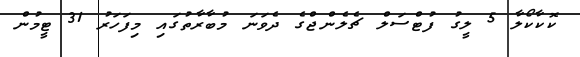
ކޮކާކޯލާ 5 ލީގު ފުޓްސަލް ޗެލެންޖްގެ ދެވަނަ މުބާރާތުގައި މިފަހަރު 31 ޓީމުން